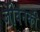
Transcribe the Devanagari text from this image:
जीवनकी